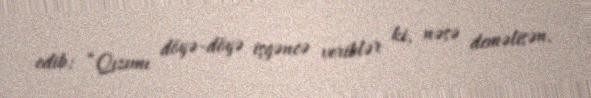
edib: “Qızımı döyə-döyə işgəncə veriblər ki, nəsə deməlisən.